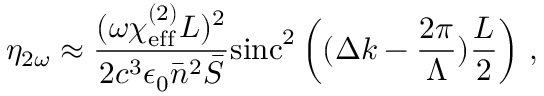
\eta _ { 2 \omega } \approx \frac { ( \omega \chi _ { \mathrm { e f f } } ^ { ( 2 ) } L ) ^ { 2 } } { 2 c ^ { 3 } \epsilon _ { 0 } \bar { n } ^ { 2 } \bar { S } } { \mathrm { s i n c } ^ { 2 } \left( ( \Delta k - \frac { 2 \pi } { \Lambda } ) { \frac { L } { 2 } } \right) } ~ ,